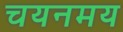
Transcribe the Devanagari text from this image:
चयनमय